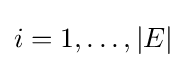
i=1,\dots ,|E|